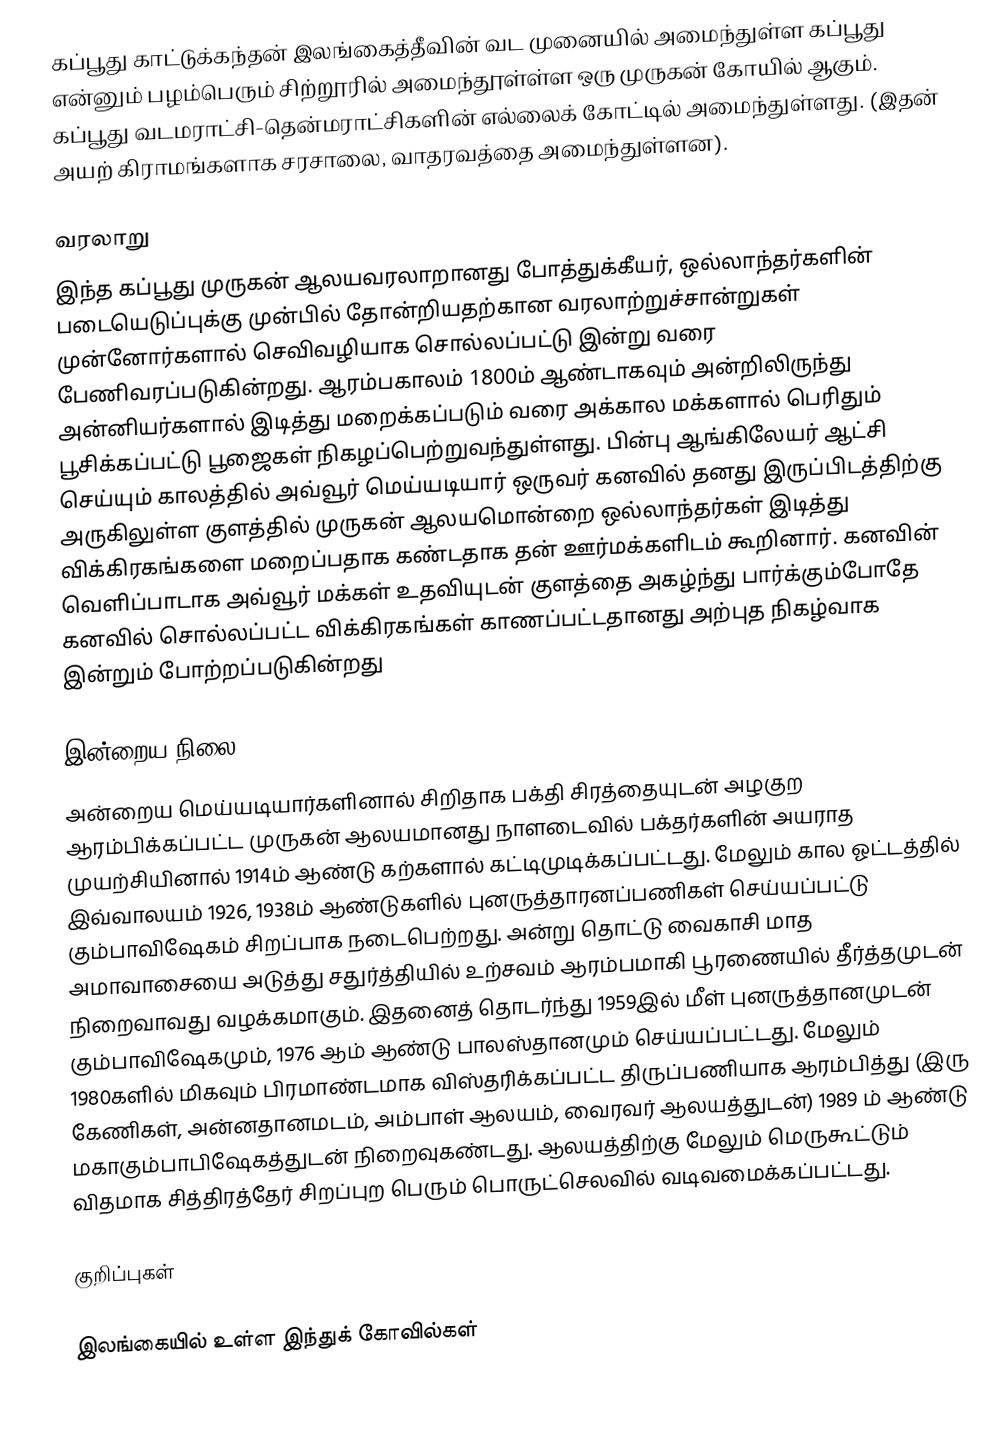
கப்பூது காட்டுக்கந்தன்  இலங்கைத்தீவின் வட முனையில் அமைந்துள்ள கப்பூது என்னும் பழம்பெரும் சிற்றூரில் அமைந்தூள்ள்ள ஒரு முருகன் கோயில் ஆகும். கப்பூது வடமராட்சி-தென்மராட்சிகளின் எல்லைக் கோட்டில் அமைந்துள்ளது. (இதன் அயற் கிராமங்களாக சரசாலை, வாதரவத்தை அமைந்துள்ளன).

வரலாறு
இந்த கப்பூது முருகன் ஆலயவரலாறானது போத்துக்கீயர், ஒல்லாந்தர்களின் படையெடுப்புக்கு முன்பில் தோன்றியதற்கான வரலாற்றுச்சான்றுகள் முன்னோர்களால் செவிவழியாக சொல்லப்பட்டு இன்று வரை பேணிவரப்படுகின்றது. ஆரம்பகாலம் 1800ம் ஆண்டாகவும் அன்றிலிருந்து அன்னியர்களால் இடித்து மறைக்கப்படும் வரை அக்கால மக்களால் பெரிதும் பூசிக்கப்பட்டு பூஜைகள் நிகழப்பெற்றுவந்துள்ளது. பின்பு ஆங்கிலேயர் ஆட்சி செய்யும் காலத்தில் அவ்வூர் மெய்யடியார் ஒருவர் கனவில் தனது இருப்பிடத்திற்கு அருகிலுள்ள குளத்தில் முருகன் ஆலயமொன்றை ஒல்லாந்தர்கள் இடித்து விக்கிரகங்களை மறைப்பதாக கண்டதாக தன் ஊர்மக்களிடம் கூறினார். கனவின் வெளிப்பாடாக அவ்வூர் மக்கள் உதவியுடன் குளத்தை அகழ்ந்து பார்க்கும்போதே கனவில் சொல்லப்பட்ட விக்கிரகங்கள் காணப்பட்டதானது அற்புத நிகழ்வாக இன்றும் போற்றப்படுகின்றது

இன்றைய நிலை
அன்றைய மெய்யடியார்களினால் சிறிதாக பக்தி சிரத்தையுடன் அழகுற ஆரம்பிக்கப்பட்ட முருகன் ஆலயமானது நாளடைவில் பக்தர்களின் அயராத முயற்சியினால் 1914ம் ஆண்டு கற்களால் கட்டிமுடிக்கப்பட்டது. மேலும் கால ஓட்டத்தில் இவ்வாலயம் 1926, 1938ம் ஆண்டுகளில் புனருத்தாரனப்பணிகள் செய்யப்பட்டு கும்பாவிஷேகம் சிறப்பாக நடைபெற்றது. அன்று தொட்டு வைகாசி மாத அமாவாசையை அடுத்து சதுர்த்தியில் உற்சவம் ஆரம்பமாகி பூரணையில் தீர்த்தமுடன் நிறைவாவது வழக்கமாகும். இதனைத் தொடர்ந்து 1959இல் மீள் புனருத்தானமுடன் கும்பாவிஷேகமும், 1976 ஆம் ஆண்டு பாலஸ்தானமும் செய்யப்பட்டது. மேலும் 1980களில் மிகவும் பிரமாண்டமாக விஸ்தரிக்கப்பட்ட திருப்பணியாக ஆரம்பித்து (இரு கேணிகள், அன்னதானமடம், அம்பாள் ஆலயம், வைரவர் ஆலயத்துடன்) 1989 ம் ஆண்டு மகாகும்பாபிஷேகத்துடன் நிறைவுகண்டது. ஆலயத்திற்கு மேலும் மெருகூட்டும் விதமாக சித்திரத்தேர் சிறப்புற பெரும் பொருட்செலவில் வடிவமைக்கப்பட்டது.

குறிப்புகள்

இலங்கையில் உள்ள இந்துக் கோவில்கள்